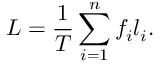
L = \frac { 1 } { T } \sum _ { i = 1 } ^ { n } f _ { i } l _ { i } .